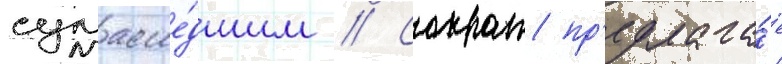
сумасше́дшим // Сократ пр'едлага́ет